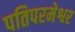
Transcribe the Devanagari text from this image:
पतिपरमेश्वर